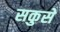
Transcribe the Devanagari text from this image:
सकुसें